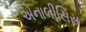
એનાલીસિસ